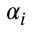
\alpha _ { i }